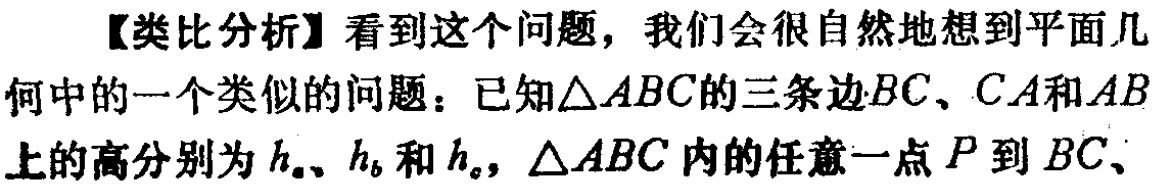
【类比分析】看到这个问题，我们会很自然地想到平面几何中的一个类似的问题：已知\(\triangle ABC\)的三条边\(BC\)、\(CA\)和\(AB\)上的高分别为\(h_{a}\)、\(h_{b}\)和\(h_{c}\)，\(\triangle ABC\)内的任意一点\(P\)到\(BC\)、